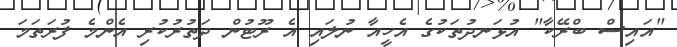
"އައިސް ބްރޭކާ" އުޅަނދުތަކުގެ އެހީއާ ނުލައި އެ ރޫޓުން ދަތުރުކުރި އެންމެ ފުރަތަމަ